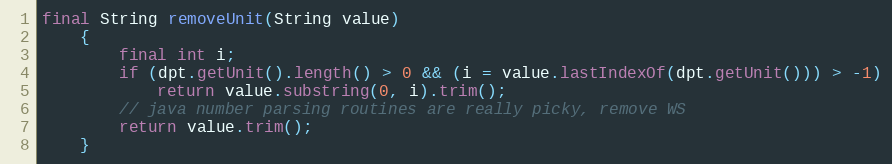
Language: Java
final String removeUnit(String value)
	{
		final int i;
		if (dpt.getUnit().length() > 0 && (i = value.lastIndexOf(dpt.getUnit())) > -1)
			return value.substring(0, i).trim();
		// java number parsing routines are really picky, remove WS
		return value.trim();
	}